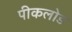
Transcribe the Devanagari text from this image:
पीकलोड